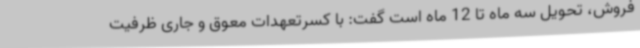
فروش، تحویل سه ماه تا 12 ماه است گفت: با کسرتعهدات معوق و جاری ظرفیت